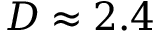
D \approx 2 . 4